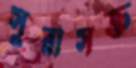
সুরাসক্ত